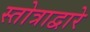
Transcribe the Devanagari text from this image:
स्तोत्राद्वारे